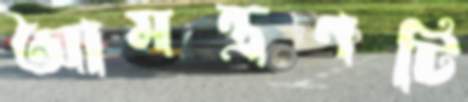
আমন্ত্রণটি